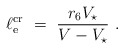
\begin{align*}\ell_{\rm e}^{\rm cr} \ = \ \frac{r_6 V_\star}{V - V_\star}\ .\end{align*}